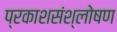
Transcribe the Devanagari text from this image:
प्रकाशसंश्लोषण